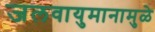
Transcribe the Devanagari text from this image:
जलवायुमानामुळे